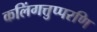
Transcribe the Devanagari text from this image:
कलिंगत्तुप्परणि